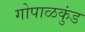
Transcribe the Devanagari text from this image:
गोपाळकुंड